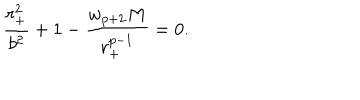
LaTeX: { \frac { r _ { + } ^ { 2 } } { b ^ { 2 } } } + 1 - { \frac { w _ { p + 2 } M } { r _ { + } ^ { p - 1 } } } = 0 .